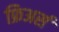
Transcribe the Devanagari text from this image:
फ्रिअर्स